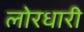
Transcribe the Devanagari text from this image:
लोरधारी